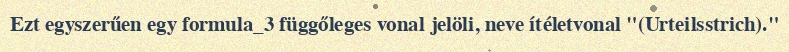
Ezt egyszerűen egy formula_3 függőleges vonal jelöli, neve ítéletvonal "(Urteilsstrich)."